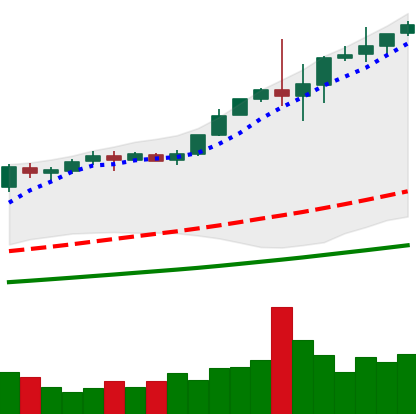
Ticker: BTC-USD
Chart end date: 2017-12-05
Forward return: 29.695%
Label: up_7plus